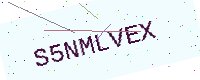
Text: S5NMLVEX